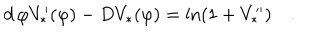
LaTeX: d \, \varphi V _ { * } ^ { \prime } ( \varphi ) - D V _ { * } ( \varphi ) = \ln ( 1 + V _ { * } ^ { \prime \prime } ) \quad .